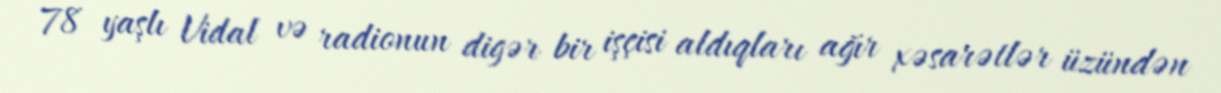
78 yaşlı Vidal və radionun digər bir işçisi aldıqları ağır xəsarətlər üzündən